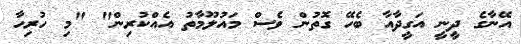
އޭނާގެ ދީނީ އަގީދާއާ ބެހޭ ގޮތުން ވެސް މައުލޫމާތު އެއްކުރިން" "މި ހުރިހާ